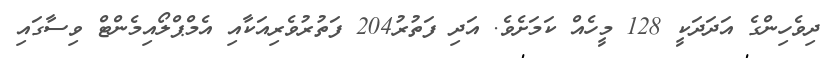
ދިވެހިންގެ އަދަދަކީ 128 މީހެއް ކަމަށެވެ. އަދި ފަތުރު204 ފަތުރުވެރިއަކާއި އެމްޕްލޯއިމެންޓް ވިސާގައި